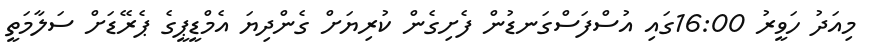
މިއަދު ހަވީރު 16:00ގައި އުސްފަސްގަނޑުން ފެށިގެން ކުރިޔަށް ގެންދިޔަ އެމްޑީޕީގެ ޕެރޭޑަށް ސަލާމަތީ